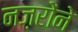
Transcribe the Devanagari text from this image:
नज़रोंने